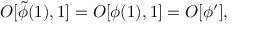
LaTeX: { \cal O } [ \tilde { \phi } ( 1 ) , 1 ] = { \cal O } [ \phi ( 1 ) , 1 ] = { \cal O } [ \phi ^ { \prime } ] ,